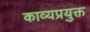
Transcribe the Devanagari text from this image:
काव्यप्रयुक्त